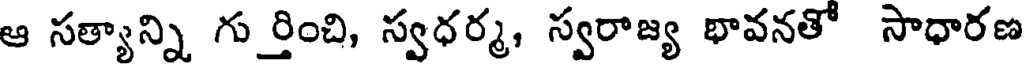
ఆ సత్యాన్ని గుర్తించి, స్వధర్మ, స్వరాజ్య భావనతో సాధారణ